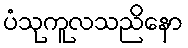
ပံသုကူလသညိနော